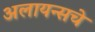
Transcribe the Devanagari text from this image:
अलायन्सचे